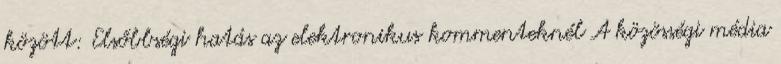
között: Elsőbbségi hatás az elektronikus kommenteknél A közösségi média